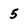
Character: 5